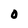
Character: O